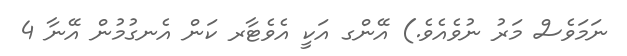
ނަމަވެސް މަރު ނުވެއެވެ.) އޭންގ އަކީ އެވެޓާރ ކަން އެނގުމުން އޭނާ 4